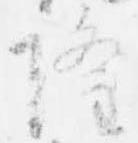
隆